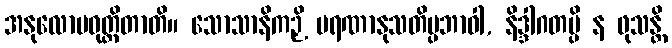
အနုလောမဝုတ္တိတာတိ။ သောသာနိကဉှိ မရဏာနုသတိပ္ပဘာဝါ, နိဒ္ဒါဂတမ္ပိ န ဖုသန္တိ